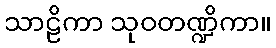
သာဠိကာ သုဝတဏ္ဍိကာ။